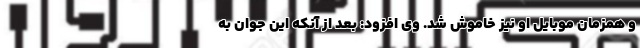
و همزمان موبایل او نیز خاموش شد. وی افزود: بعد از آنکه این جوان به